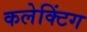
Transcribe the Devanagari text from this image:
कलेक्टिंग